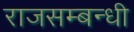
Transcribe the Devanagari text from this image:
राजसम्बन्धी